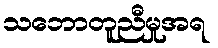
သဘောတူညီမှုအရ